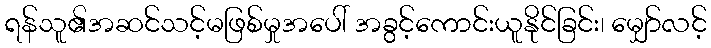
ရန်သူ၏အဆင်သင့်မဖြစ်မှုအပေါ် အခွင့်ကောင်းယူနိုင်ခြင်း၊ မျှော်လင့်